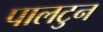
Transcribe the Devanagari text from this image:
पालटुन